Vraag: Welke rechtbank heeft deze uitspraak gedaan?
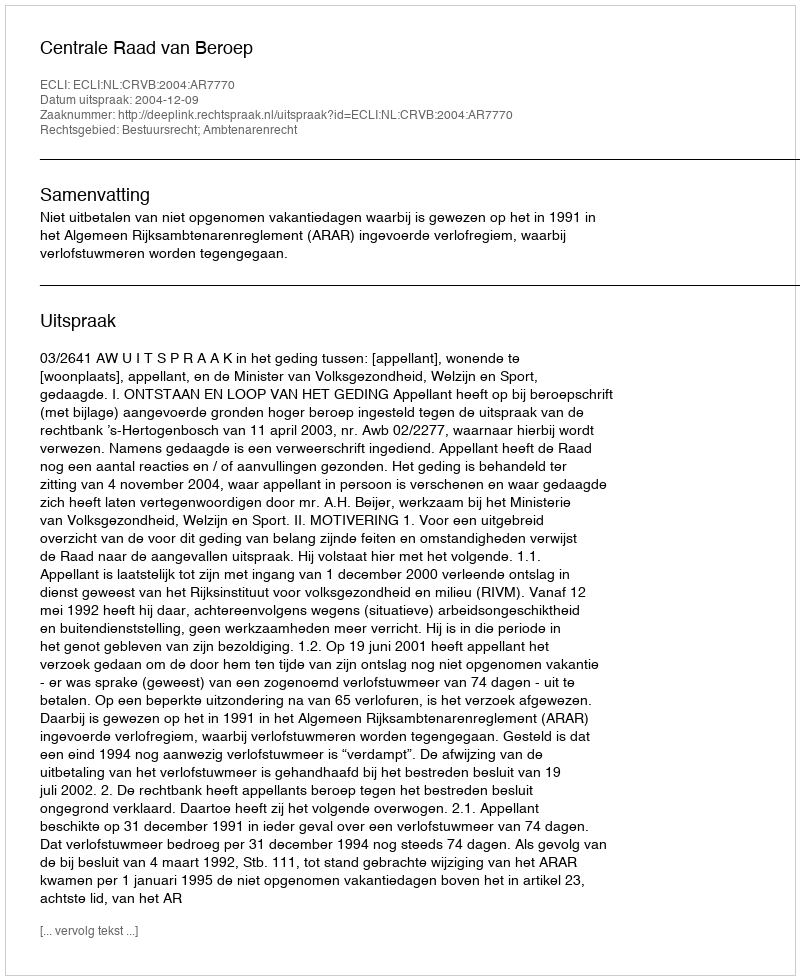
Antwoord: Centrale Raad van Beroep